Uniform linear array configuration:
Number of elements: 16
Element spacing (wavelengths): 0.25
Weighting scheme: kaiser
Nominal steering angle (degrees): -45
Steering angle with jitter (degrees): -46.633
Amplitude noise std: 0.05
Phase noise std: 0.05

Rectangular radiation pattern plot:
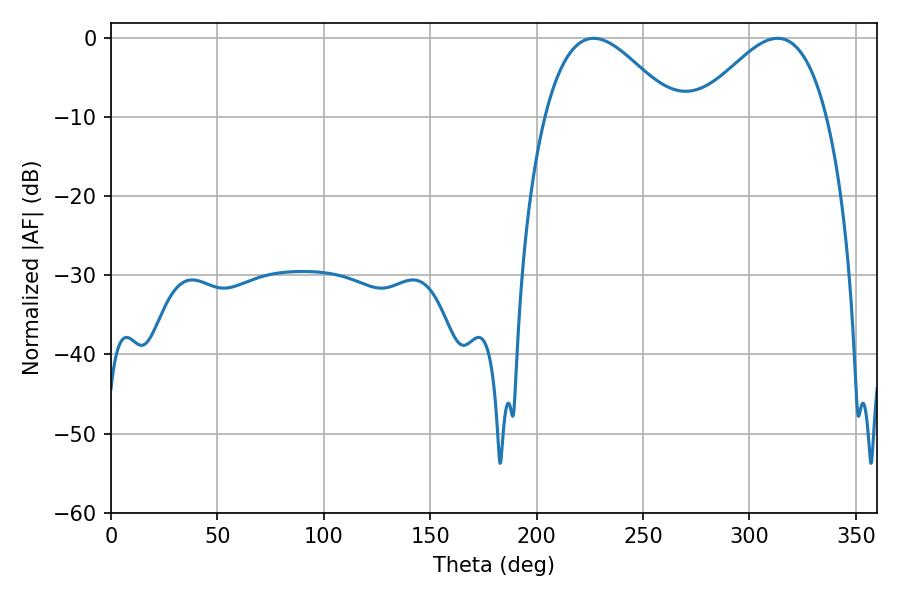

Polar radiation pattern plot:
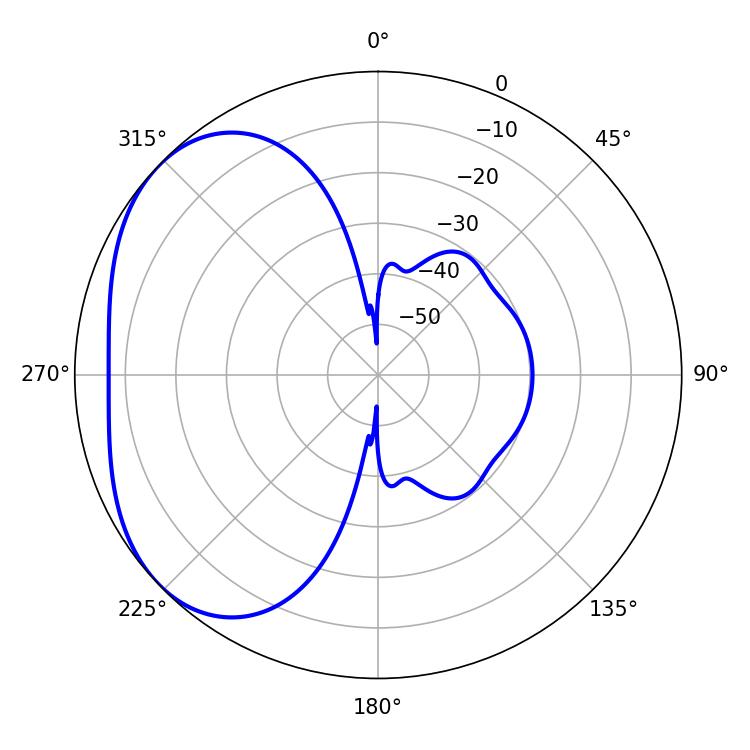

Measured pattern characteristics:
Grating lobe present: FALSE
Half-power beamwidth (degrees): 32.76
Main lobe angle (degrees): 226.8